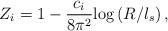
LaTeX: \begin{align*}Z_i = 1 - \frac{c_i}{8 \pi^2} \mbox{log} \left(R/l_s\right) ,\end{align*}